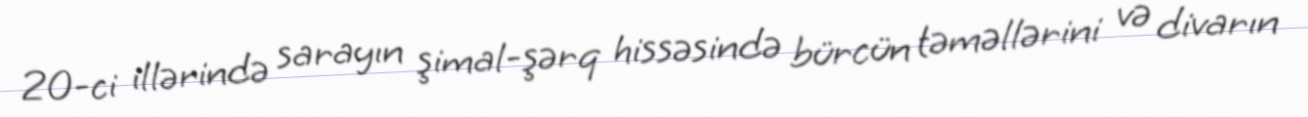
20-ci illərində sarayın şimal-şərq hissəsində bürcün təməllərini və divarın